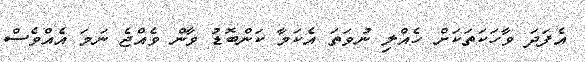
އެފަދަ ވާހަކަތަކަށް ހެއްލި ނުވަތަ އެކަމާ ކަންބޮޑު ވާން ވެއްޖެ ނަމަ އެއްވެސް